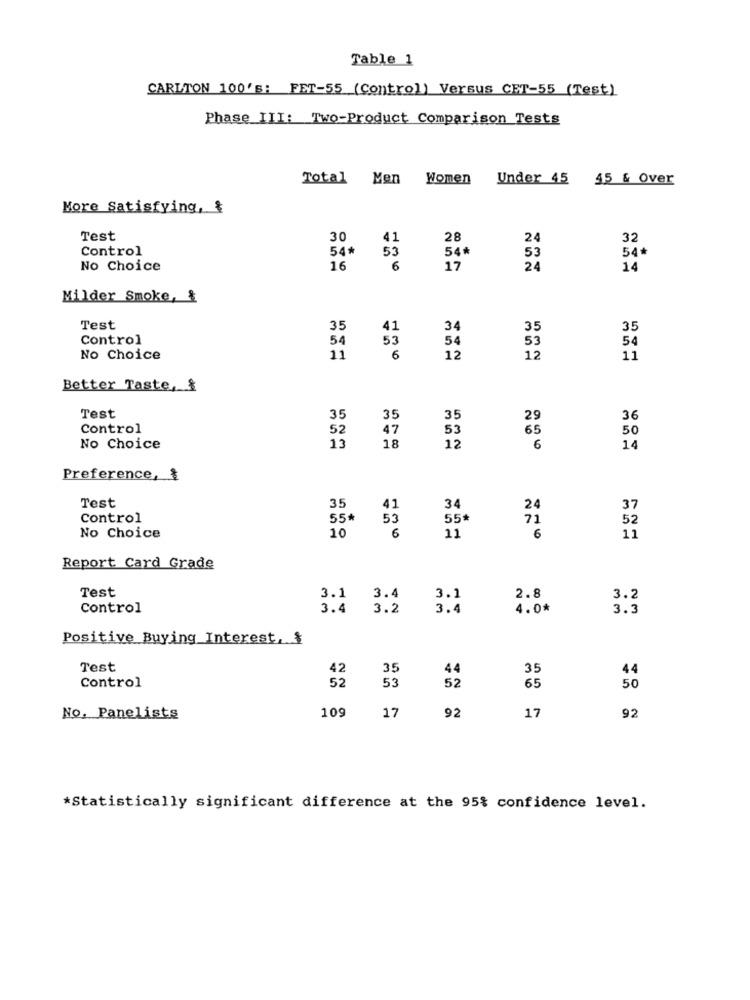
Table 1
CARLTON 100's: FET-55 (Control) Versus CET-55 (Test)
Phase III: Two-Product Comparison Tests
Total Men
Women
Under 45 45 & Over
More Satisfying, &
Test
30
28
24
32
Control
54*
53
54*
53
54*
No Choice
16
6
17
24
14
Milder Smoke, &
Test
35
41
34
35
35
Control
54
53
53
54
54
No Choice
11
6
12
12
11
Better Taste, $
Test
35
35
35
29
36
Control
52
47
53
65
50
13
No Choice
18
12
6
14
Preference, $
Test
35
41
34
24
37
Control
55*
53
55*
71
52
10
No Choice
6
11
6
11
Report Card Grade
Test
3.1 3.4
3.1
2.8
3.2
Control
3.4
3.2
3.4
4.0*
3.3
Positive Buying Interest, $
Test
42
35
35
44
52
53
44
52
Control
65
50
109
No, Panelists
17
92
17
92
*Statistically significant difference at the 95% confidence level.